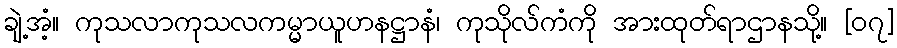
ချဲ့အံ့။ ကုသလာကုသလကမ္မာယူဟနဋ္ဌာနံ၊ ကုသိုလ်ကံကို အားထုတ်ရာဌာနသို့။ [၀၇]